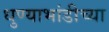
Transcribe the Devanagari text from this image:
धुण्याभांडीच्या